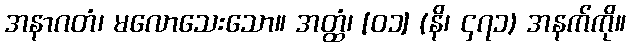
အနာဂတံ၊ မလောသေးသော။ အတ္ထံ၊ [၀၁] (နိ၊ ၄၇၁) အနက်ကို။